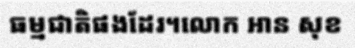
ធម្មជាតិផងដែរ។លោក អាន សុខ